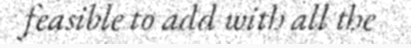
feasible to add with all the